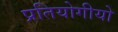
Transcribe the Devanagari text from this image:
प्रतियोगीयो